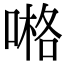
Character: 𠺝